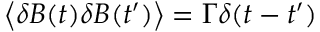
\left< \delta B ( t ) \delta B ( t ^ { \prime } ) \right> = \Gamma \delta ( t - t ^ { \prime } )